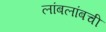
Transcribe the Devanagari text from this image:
लांबलांबची